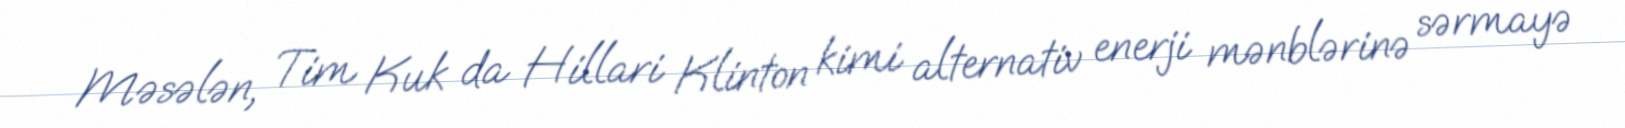
Məsələn, Tim Kuk da Hillari Klinton kimi alternativ enerji mənblərinə sərmayə